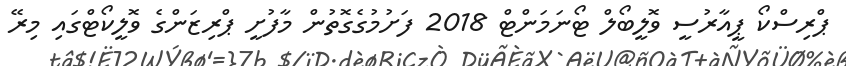
ޕްރިސްކޯ ޕީއާރުސީ ވޮލީބޯލް ޓޯނަމަންޓް 2018 ފަށުމުގެގޮތުން މާފުށީ ޕްރިޒަންގެ ވޮލީކޯޓްގައި މިރޭ